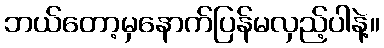
ဘယ်တော့မှနောက်ပြန်မလှည့်ပါနဲ့။